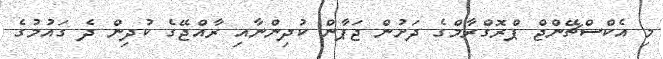
މި އެކްސްޗޭންޖް ޕްރޮގްރާމްގެ ދަށުން ޖަޕާން ކުދިންނާއި ރާއްޖޭގެ ކުދިން ދެ ގައުމުގެ